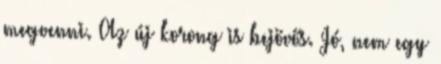
megvenni. Az új korong is bejövős. Jó, nem egy